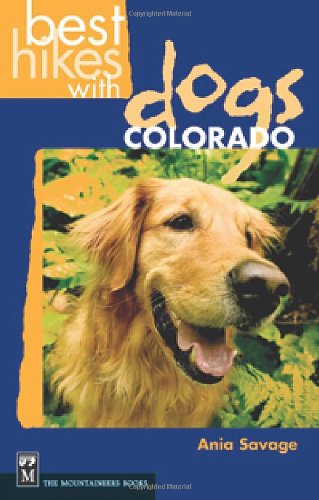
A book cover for Best Hikes With Dogs Colorado; Ania Savage; Travel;